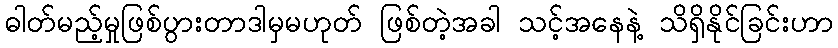
ဓါတ်မည့်မှုဖြစ်ပွားတာဒါမှမဟုတ် ဖြစ်တဲ့အခါ သင့်အနေနဲ့ သိရှိနိုင်ခြင်းဟာ